Leaving Certificate Examination, 1916
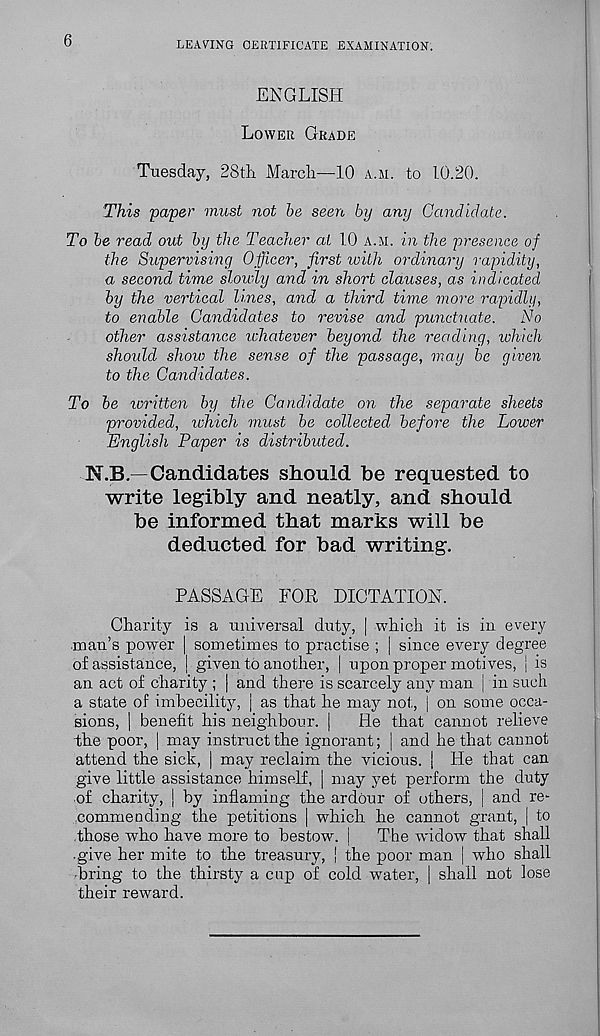
6
LEAVING CERTIFICATE EXAMINATION.
ENGLISH
LOWER GRADE
Tuesday, 28th March—10 A.M. to 10.20.
This paper must not be seen by any Candidate.
To be read out by the Teacher at 10 A.M. in the presence of
the Supervising Officer, first with ordinary rapidity,
a second time slowly and in short clauses, as indicated
by the vertical lines, and a third time more rapidly,
to enable Candidates to revise and punctuate.
No
other assistance ichatever beyond the reading, which
should show the sense of the passage, may be given
to the Candidates.
To be loritten by the Candidate on the separate sheets
provided, which must be collected before the Lower
English Paper is distributed.
N.B—Candidates should be requested to
write legibly and neatly, and should
be informed that marks will be
deducted for bad writing.
PASSAGE FOR DICTATION.
Charity is a universal duty, | which it is iu every
.naan's power | sometimes to practise ; | since every degree
of assistance, | given to another, | upon proper motives, | is
an act of charity ; | and there is scarcely any man j in such
a state of imbecility, j as that he may not:, | on some occa-
sions, | benefit his neighbour. |
He that cannot relieve
the poor, | may instruct the ignorant; | and he that cannot
attend the sick, | may reclaim the vicious, j He that can
give little assistance himself, | may yet perform the duty
of charity, | by inflaming the ardour of others, j and re-
commending the petitions | which he cannot grant, | to
those who have more to bestow. |
The widow that shall
•give her mite to the treasury, | the poor man | who shall
bring to the thirsty a cup of cold water, | shall not lose
their reward.